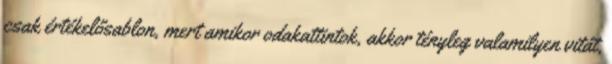
csak értékelősablon, mert amikor odakattintok, akkor tényleg valamilyen vitát,